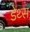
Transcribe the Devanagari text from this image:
डेथ्स